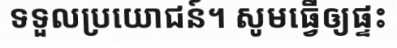
ទទួលប្រយោជន៍។ សូមធ្វើឲ្យផ្ទះ